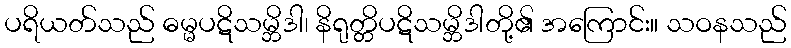
ပရိယတ်သည် ဓမ္မပဋိသမ္ဘိဒါ၊ နိရုတ္တိပဋိသမ္ဘိဒါတို့၏ အကြောင်း။ သဝနသည်